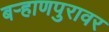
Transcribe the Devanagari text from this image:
बऱ्हाणपुरावर